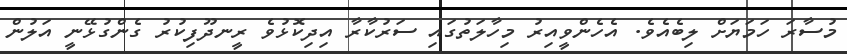
މުސާރަ ހަމަޔަށް ލިބެއެވެ. އެހެންވީއިރު މިހާލަތުގައި ސަރުކާރާ އިދިކޮޅުވެ ރީނދޫފިކުރު ގެންގުޅޭނީ އަލުން